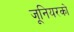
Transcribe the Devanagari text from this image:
जूनियरको